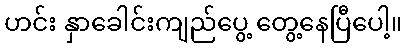
ဟင်း နှာခေါင်းကျည်ပွေ့ တွေ့နေပြီပေါ့။